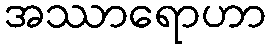
အဿာရောဟာ